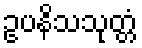
ဥပနိသသုတ္တံ